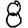
Digit: 8